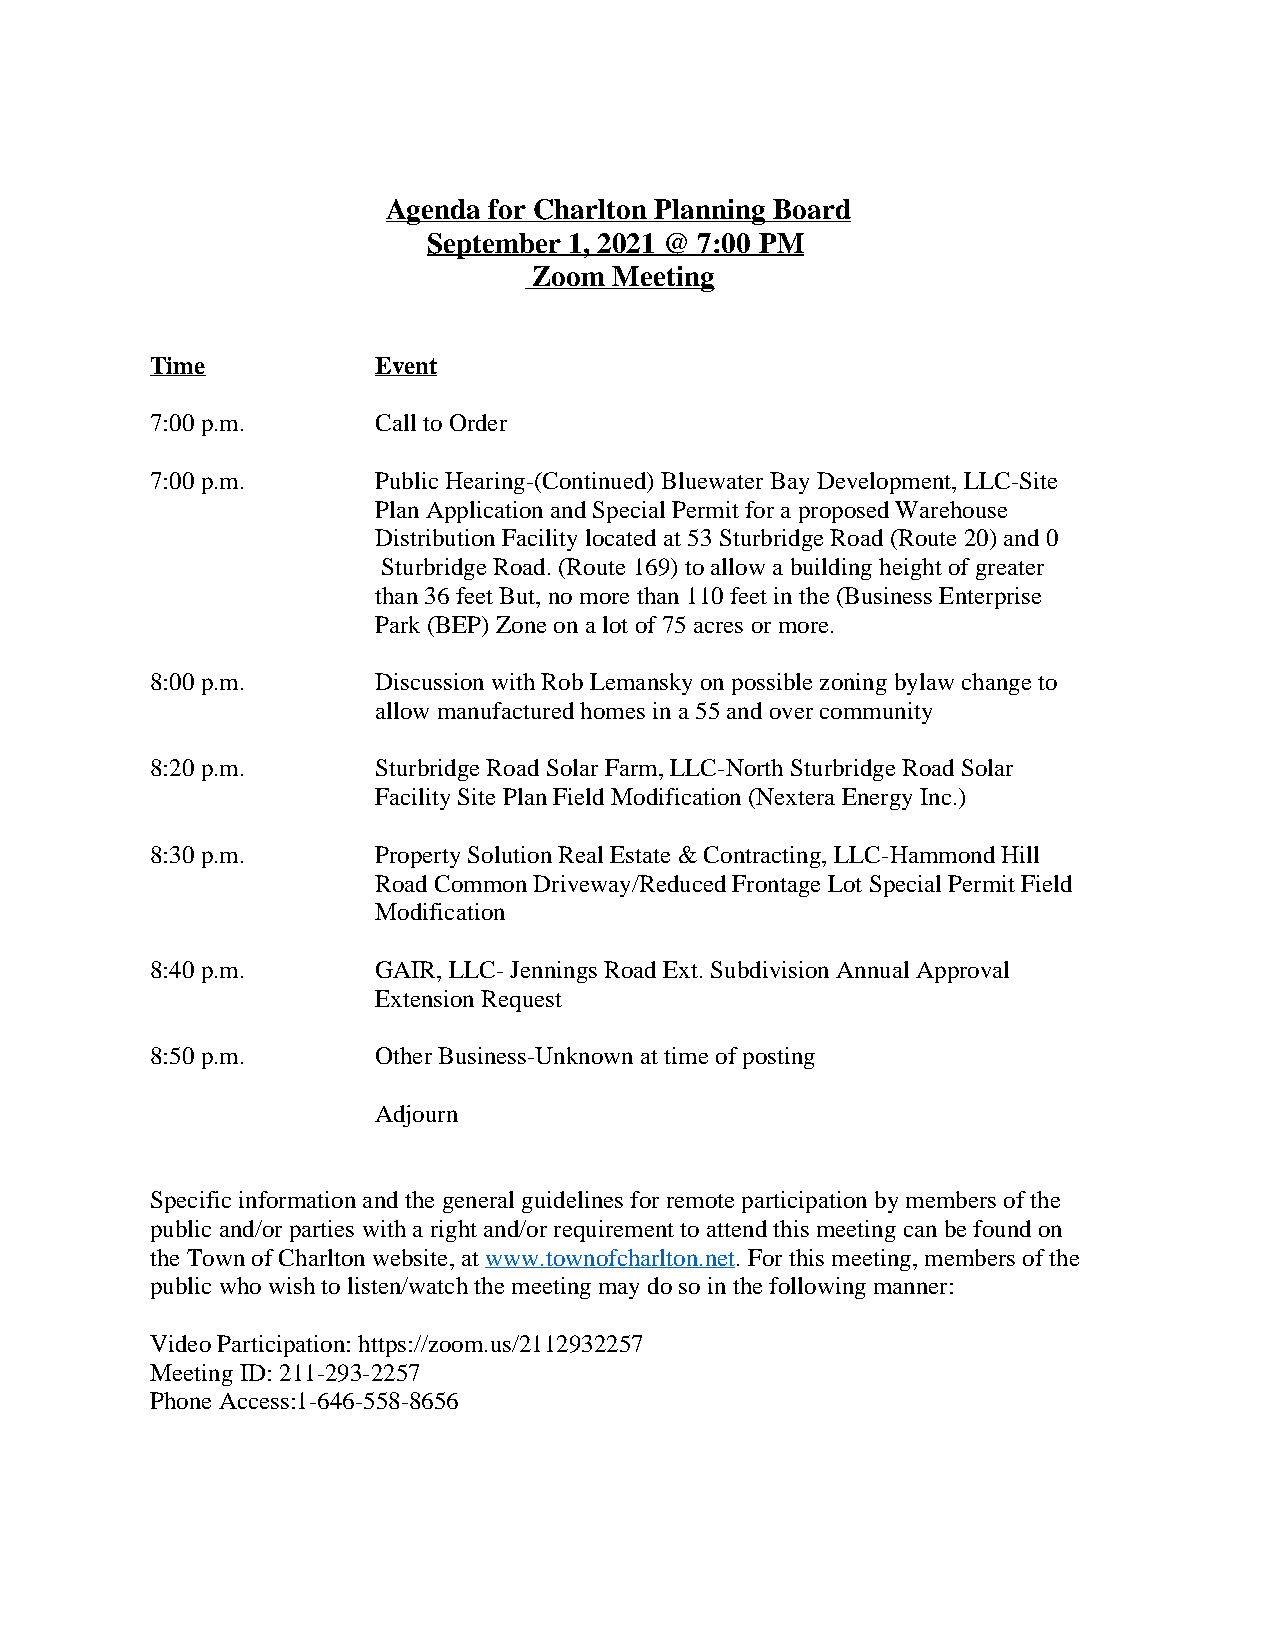
Agenda for Charlton Planning Board
 September 1, 2021 @ 7:00 PM
 Zoom  Meeting
 Time           Event
 7:00 p.m.      Call to Order
 7:00 p.m.      Public Hearing-(Continued) Bluewater Bay Development, LLC-Site
 Plan Application and Special Permit for a proposed Warehouse
 Distribution Facility located at 53 Sturbridge Road (Route 20) and 0
 Sturbridge Road. (Route 169) to allow a building height of greater
 than 36 feet But, no more than 110 feet in the (Business Enterprise
 Park (BEP) Zone on a lot of 75 acres or more.
 8:00 p.m.      Discussion with Rob Lemansky on possible zoning bylaw change to
 allow manufactured homes in a 55 and over community
 8:20 p.m.      Sturbridge Road Solar Farm, LLC-North Sturbridge Road Solar
 Facility Site Plan Field Modification (Nextera Energy Inc.)
 8:30 p.m.      Property Solution Real Estate & Contracting, LLC-Hammond Hill
 Road Common Driveway/Reduced Frontage Lot Special Permit Field
 Modification
 8:40 p.m.      GAIR, LLC- Jennings Road Ext. Subdivision Annual Approval
 Extension Request
 8:50 p.m.      Other Business-Unknown at time of posting
 Adjourn
 Specific information and the general guidelines for remote participation by members of the
 public and/or parties with a right and/or requirement to attend this meeting can be found on
 the Town of Charlton website, at www.townofcharlton.net. For this meeting, members of the
 public who wish to listen/watch the meeting may do so in the following manner:
 Video Participation: https://zoom.us/2112932257
 Meeting ID: 211-293-2257
 Phone Access:1-646-558-8656